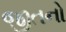
જીતનો